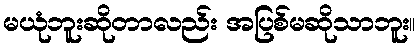
မယုံဘူးဆိုတာလည်း အပြစ်မဆိုသာဘူး။